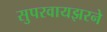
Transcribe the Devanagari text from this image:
सुपरवायझरने